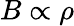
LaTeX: B\propto\rho